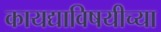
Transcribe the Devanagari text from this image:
कायद्याविषयीच्या